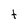
Character: t